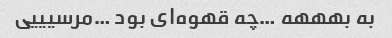
به بهههه …چه قهوه‌ای بود …مرسیییی